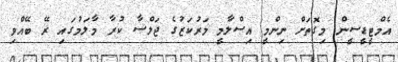
އެމްޓީޑީސީން މިގޮތަށް ނިންމީ އިސްލާމީ މަރުކަޒުގެ ޖަލްސާ ކުރާ މާލަމުގައި ރޭ ބޭއްވި